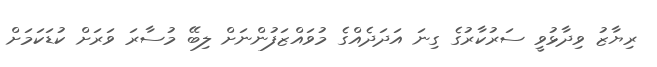
ރިޔާޒު ވިދާޅުވީ ސަރުކާރުގެ ގިނަ އަދަދެއްގެ މުވައްޒަފުންނަށް ލިބޭ މުސާރަ ވަރަށް ކުޑަކަމަށް